Report on the cholera epidemic of
Year: 1868
Disease focus: Cholera
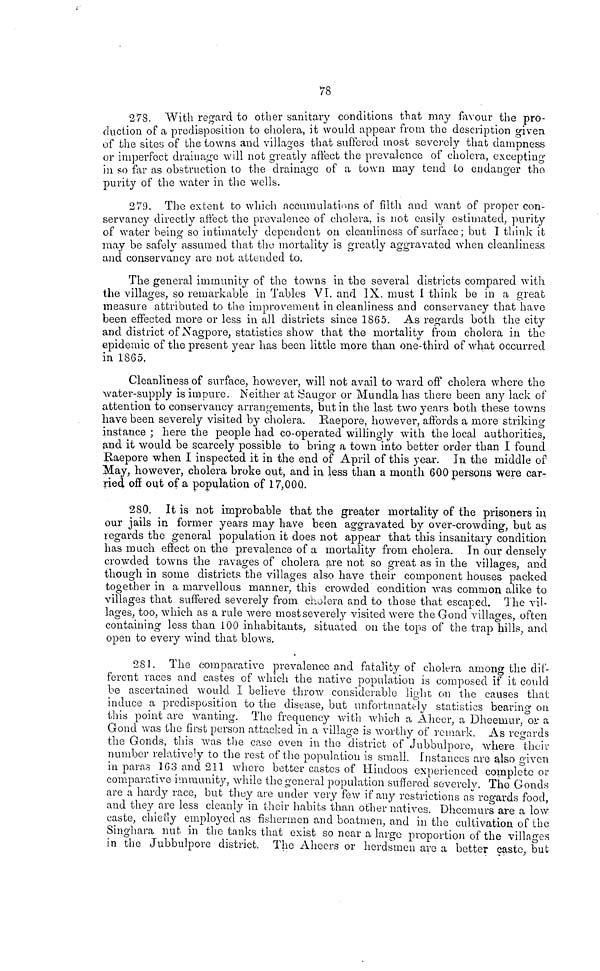
78
278. With regard to other sanitary conditions that may favour the pro-
duction of a predisposition to cholera, it would appear from the description given
of the sites of the towns and villages that suffered most severely that dampness
or imperfect drainage will not greatly affect the prevalence of cholera, excepting
in so far as obstruction to the drainage of a town may tend to endanger the
purity of the water in the wells.
279. The extent to which accumulations of filth and want of proper con-
servancy directly affect the prevalence of cholera, is not easily estimated, purity
of water being so intimately dependent on cleanliness of surface; but I think it
may be safely assumed that the mortality is greatly aggravated when cleanliness
and conservancy are not attended to.
The general immunity of the towns in the several districts compared with
the villages, so remarkable in Tables VI. and IX. must I think be in a great
measure attributed to the improvement in cleanliness and conservancy that have
been effected more or less in all districts since 1865. As regards both the city
and district of Xagpore, statistics show that the mortality from cholera in the
epidemic of the present year has been little more than one-third of what occurred
in 1865.
Cleanliness of surface, however, will not avail to ward off cholera where the
water-supply is impure. Neither at Saugor or Mundla has there been any lack of
attention to conservancy arrangements, but in the last two years both these towns
have been severely visited by cholera. Raepore, however, affords a more striking
instance ; here the people had co-operated willingly with the local authorities,
and it would be scarcely possible to bring a town into better order than I found
Raepore when I inspected it in the end of April of this year. In the middle of
May, however, cholera broke out, and in less than a month 600 persons were car-
ried on out of a population of 17,000.
280. It is not improbable that the greater mortality of the prisoners in
our jails in former years may have been aggravated by over-crowding, but as
regards the general population it does not appear that this insanitary condition
has much effect on the prevalence of a mortality from cholera. In our densely
crowded towns the ravages of cholera are not so great as in the villages, and
though in some districts the villages also have their component houses packed
together in a marvellous manner, this crowded condition was common alike to
villages that suffered severely from cholera and to those that escaped. The vil-
lages, too, which as a rule were most severely visited were the Gond villages, often
containing less than 100 inhabitants, situated on the tops of the trap hills, and
open to every wind that blows.
281. The comparative prevalence and fatality of cholera among the dif-
ferent races and castes of which the native population is composed if it could
be ascertained would I believe throw considerable light on the causes that
induce a predisposition to the distase, but unfortunately statistics bearing on
this point are wanting. The frequency with which a Aheer, a Dheemur, or a
Gond was the first person attacked in a village is worthy of remark. As regards
the Gonds, this was the case even in the district of Jubbulpore, where their
number relatively to the rest of the population is small. Instances are also given
in paras 163 and 211 where better castes of Hindoos experienced complete or
comparative immunity, while the general population suffered severely. The Gonds
are a hardy race, but they are under very few if any restrictions as regards food,
and they are less cleanly in their habits than other natives. Dhecmurs are a low
caste, chiefly employed as fishermen and boatmen, and in the cultivation of the
Singhara nut in the tanks that exist so near a large proportion of the villages
in the Jubbulpore district. The Aheers or herdsmen arc a better caste, but